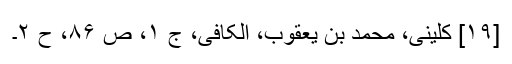
[۱۹] کلینی، محمد بن یعقوب، الکافی، ج ۱، ص ۸۶، ح ۲۔